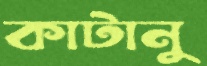
কাটানু